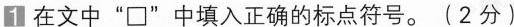
1 在文中”\Box”中填入正确的标点符号。(2分)